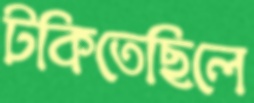
টকিতেছিলে